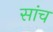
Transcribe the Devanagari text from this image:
सांच